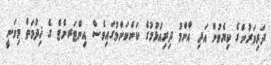
ދަރިވަރުންގެ ކިޔެވުން އަދި އާންމު ދިރިއުޅުމުގެ ކަންކަންމުގައިވެސް އިންޓަރނެޓް ގެ ޚިދުމަތް މިވަނީ